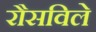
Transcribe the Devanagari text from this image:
रौसविले